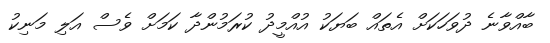
ބާއްވާނެ ދުވަހަކަށް އެތައް ބަޔަކު އުއްމީދު ކުރަމުންދާ ކަމަށް ވެސް އަލި މަނިކު